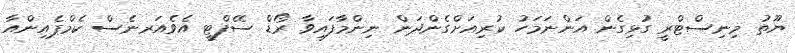
ޔޫތު މިނިސްޓްރީ ގުޅިގެން އަންނަމަހު ކުރިއަށްގެންދަން ނިންމާފައިވާ ރޯޑް ސޭފްޓީ އެވެއަރނެސް ކެމްޕެއިންއާ